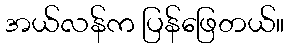
အယ်လန်က ပြန်ဖြေတယ်။